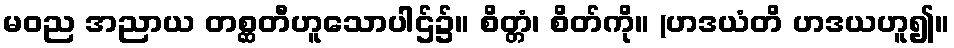
မဝည အညာယ တစ္ဆတီဟူသောပါဌ်၌။ စိတ္တံ၊ စိတ်ကို။ (ဟဒယံတိ ဟဒယဟူ၍။